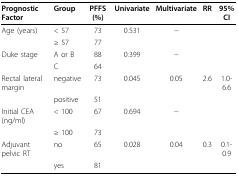
| Prognostic Factor | Group | PFFS (%) | Univariate | Multivariate | RR | 95% CI |
 | --- | --- | --- | --- | --- | --- | --- |
 | Age (years) | < 57 | 73 | 0.531 | − |  |  |
 |  | ≥ 57 | 77 |  |  |  |  |
 | Duke stage | A or B | 88 | 0.399 | − |  |  |
 |  | C | 64 |  |  |  |  |
 | Rectal lateral margin | negative | 73 | 0.045 | 0.05 | 2.6 | 1.0-6.6 |
 |  | positive | 51 |  |  |  |  |
 | Initial CEA (ng/ml) | < 100 | 67 | 0.694 | − |  |  |
 |  | ≥ 100 | 73 |  |  |  |  |
 | Adjuvant pelvic RT | no | 65 | 0.028 | 0.04 | 0.3 | 0.1-0.9 |
 |  | yes | 81 |  |  |  |  |